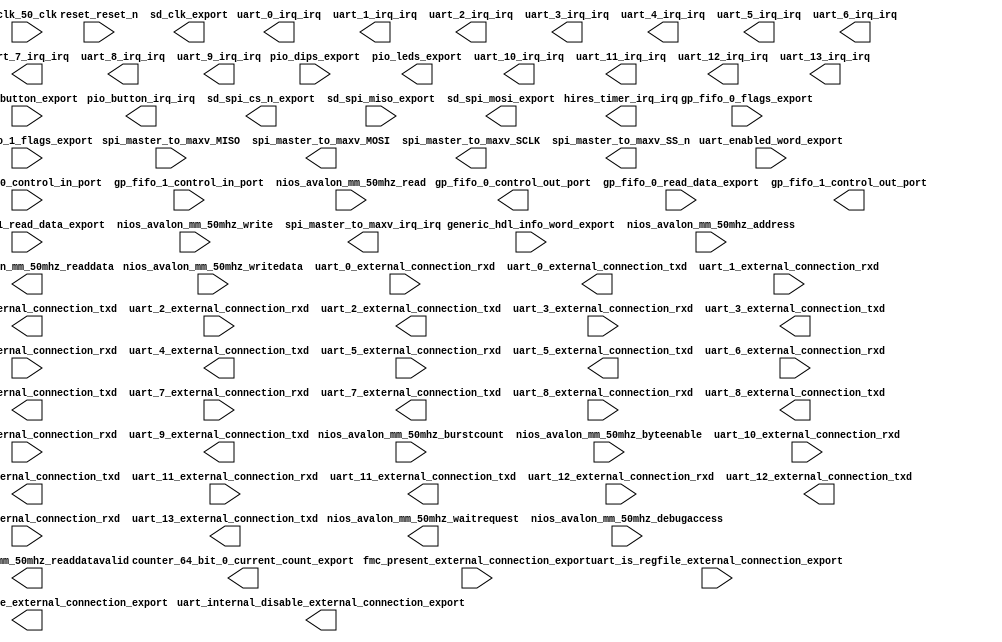

module linnux_support_simplified (
	clk_50_clk,
	counter_64_bit_0_current_count_export,
	fmc_present_external_connection_export,
	generic_hdl_info_word_export,
	gp_fifo_0_control_in_port,
	gp_fifo_0_control_out_port,
	gp_fifo_0_flags_export,
	gp_fifo_0_read_data_export,
	gp_fifo_1_control_in_port,
	gp_fifo_1_control_out_port,
	gp_fifo_1_flags_export,
	gp_fifo_1_read_data_export,
	hires_timer_irq_irq,
	nios_avalon_mm_50mhz_waitrequest,
	nios_avalon_mm_50mhz_readdata,
	nios_avalon_mm_50mhz_readdatavalid,
	nios_avalon_mm_50mhz_burstcount,
	nios_avalon_mm_50mhz_writedata,
	nios_avalon_mm_50mhz_address,
	nios_avalon_mm_50mhz_write,
	nios_avalon_mm_50mhz_read,
	nios_avalon_mm_50mhz_byteenable,
	nios_avalon_mm_50mhz_debugaccess,
	pio_button_export,
	pio_button_irq_irq,
	pio_dips_export,
	pio_leds_export,
	reset_reset_n,
	sd_clk_export,
	sd_spi_cs_n_export,
	sd_spi_miso_export,
	sd_spi_mosi_export,
	spi_master_to_maxv_MISO,
	spi_master_to_maxv_MOSI,
	spi_master_to_maxv_SCLK,
	spi_master_to_maxv_SS_n,
	spi_master_to_maxv_irq_irq,
	uart_0_external_connection_rxd,
	uart_0_external_connection_txd,
	uart_0_irq_irq,
	uart_10_external_connection_rxd,
	uart_10_external_connection_txd,
	uart_10_irq_irq,
	uart_11_external_connection_rxd,
	uart_11_external_connection_txd,
	uart_11_irq_irq,
	uart_12_external_connection_rxd,
	uart_12_external_connection_txd,
	uart_12_irq_irq,
	uart_13_external_connection_rxd,
	uart_13_external_connection_txd,
	uart_13_irq_irq,
	uart_1_external_connection_rxd,
	uart_1_external_connection_txd,
	uart_1_irq_irq,
	uart_2_external_connection_rxd,
	uart_2_external_connection_txd,
	uart_2_irq_irq,
	uart_3_external_connection_rxd,
	uart_3_external_connection_txd,
	uart_3_irq_irq,
	uart_4_external_connection_rxd,
	uart_4_external_connection_txd,
	uart_4_irq_irq,
	uart_5_external_connection_rxd,
	uart_5_external_connection_txd,
	uart_5_irq_irq,
	uart_6_external_connection_rxd,
	uart_6_external_connection_txd,
	uart_6_irq_irq,
	uart_7_external_connection_rxd,
	uart_7_external_connection_txd,
	uart_7_irq_irq,
	uart_8_external_connection_rxd,
	uart_8_external_connection_txd,
	uart_8_irq_irq,
	uart_9_external_connection_rxd,
	uart_9_external_connection_txd,
	uart_9_irq_irq,
	uart_enabled_word_export,
	uart_internal_disable_external_connection_export,
	uart_internal_enable_external_connection_export,
	uart_is_regfile_external_connection_export);	

	input		clk_50_clk;
	output	[63:0]	counter_64_bit_0_current_count_export;
	input	[15:0]	fmc_present_external_connection_export;
	input	[31:0]	generic_hdl_info_word_export;
	input	[7:0]	gp_fifo_0_control_in_port;
	output	[7:0]	gp_fifo_0_control_out_port;
	input	[31:0]	gp_fifo_0_flags_export;
	input	[31:0]	gp_fifo_0_read_data_export;
	input	[7:0]	gp_fifo_1_control_in_port;
	output	[7:0]	gp_fifo_1_control_out_port;
	input	[31:0]	gp_fifo_1_flags_export;
	input	[31:0]	gp_fifo_1_read_data_export;
	output		hires_timer_irq_irq;
	output		nios_avalon_mm_50mhz_waitrequest;
	output	[31:0]	nios_avalon_mm_50mhz_readdata;
	output		nios_avalon_mm_50mhz_readdatavalid;
	input	[0:0]	nios_avalon_mm_50mhz_burstcount;
	input	[31:0]	nios_avalon_mm_50mhz_writedata;
	input	[26:0]	nios_avalon_mm_50mhz_address;
	input		nios_avalon_mm_50mhz_write;
	input		nios_avalon_mm_50mhz_read;
	input	[3:0]	nios_avalon_mm_50mhz_byteenable;
	input		nios_avalon_mm_50mhz_debugaccess;
	input	[7:0]	pio_button_export;
	output		pio_button_irq_irq;
	input	[7:0]	pio_dips_export;
	output	[8:0]	pio_leds_export;
	input		reset_reset_n;
	output		sd_clk_export;
	output		sd_spi_cs_n_export;
	input		sd_spi_miso_export;
	output		sd_spi_mosi_export;
	input		spi_master_to_maxv_MISO;
	output		spi_master_to_maxv_MOSI;
	output		spi_master_to_maxv_SCLK;
	output		spi_master_to_maxv_SS_n;
	output		spi_master_to_maxv_irq_irq;
	input		uart_0_external_connection_rxd;
	output		uart_0_external_connection_txd;
	output		uart_0_irq_irq;
	input		uart_10_external_connection_rxd;
	output		uart_10_external_connection_txd;
	output		uart_10_irq_irq;
	input		uart_11_external_connection_rxd;
	output		uart_11_external_connection_txd;
	output		uart_11_irq_irq;
	input		uart_12_external_connection_rxd;
	output		uart_12_external_connection_txd;
	output		uart_12_irq_irq;
	input		uart_13_external_connection_rxd;
	output		uart_13_external_connection_txd;
	output		uart_13_irq_irq;
	input		uart_1_external_connection_rxd;
	output		uart_1_external_connection_txd;
	output		uart_1_irq_irq;
	input		uart_2_external_connection_rxd;
	output		uart_2_external_connection_txd;
	output		uart_2_irq_irq;
	input		uart_3_external_connection_rxd;
	output		uart_3_external_connection_txd;
	output		uart_3_irq_irq;
	input		uart_4_external_connection_rxd;
	output		uart_4_external_connection_txd;
	output		uart_4_irq_irq;
	input		uart_5_external_connection_rxd;
	output		uart_5_external_connection_txd;
	output		uart_5_irq_irq;
	input		uart_6_external_connection_rxd;
	output		uart_6_external_connection_txd;
	output		uart_6_irq_irq;
	input		uart_7_external_connection_rxd;
	output		uart_7_external_connection_txd;
	output		uart_7_irq_irq;
	input		uart_8_external_connection_rxd;
	output		uart_8_external_connection_txd;
	output		uart_8_irq_irq;
	input		uart_9_external_connection_rxd;
	output		uart_9_external_connection_txd;
	output		uart_9_irq_irq;
	input	[31:0]	uart_enabled_word_export;
	output	[31:0]	uart_internal_disable_external_connection_export;
	output	[31:0]	uart_internal_enable_external_connection_export;
	input	[31:0]	uart_is_regfile_external_connection_export;
endmodule